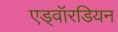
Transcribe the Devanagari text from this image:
एड्वॉरडियन